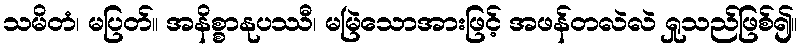
သမိတံ၊ မပြတ်။ အနိစ္စာနုပဿီ၊ မမြဲသောအားဖြင့် အဖန်တလဲလဲ ရှုသည်ဖြစ်၍။